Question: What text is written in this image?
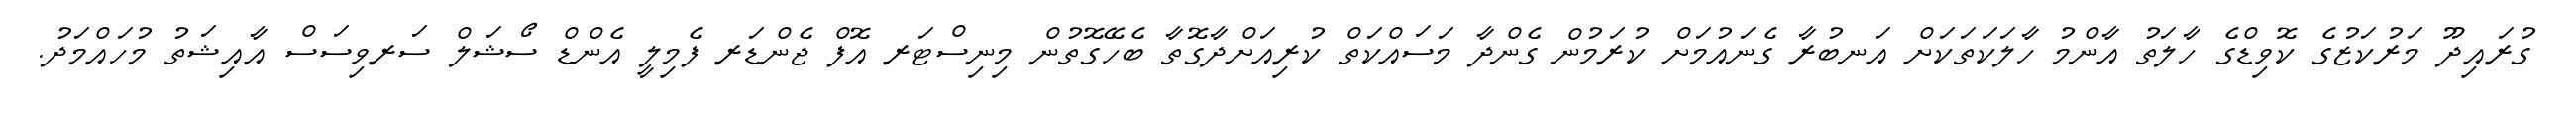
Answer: ގުރައިދޫ މަރުކަޒުގެ ކޮވިޑްގެ ހާލަތު އާންމު ހާލަކަތަކަށް އަނބުރާ ގެނައުމަށް ކުރަމުން ގެންދާ މަސައްކަތް ކުރިއަށްދާގޮތާ ބެހޭގޮތުން މިނިސްޓަރ އޮފް ޖެންޑަރ ފެމިލީ އެންޑް ސޯޝަލް ސަރވިސަސް އާއިޝަތު މުހައްމަދު.